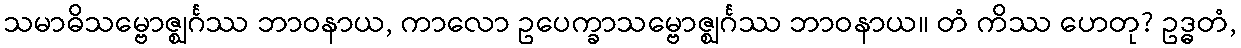
သမာဓိသမ္ဗောဇ္ဈင်္ဂဿ ဘာဝနာယ, ကာလော ဥပေက္ခာသမ္ဗောဇ္ဈင်္ဂဿ ဘာဝနာယ။ တံ ကိဿ ဟေတု? ဥဒ္ဓတံ,